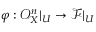
\varphi : { \mathcal { O } } _ { X } ^ { n } | _ { U } \to { \mathcal { F } } | _ { U }